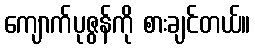
ကျောက်ပုဇွန်ကို စားချင်တယ်။